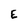
Character: E